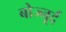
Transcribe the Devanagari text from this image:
बोज्नूर्द